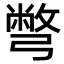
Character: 彆